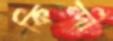
কিন্দী